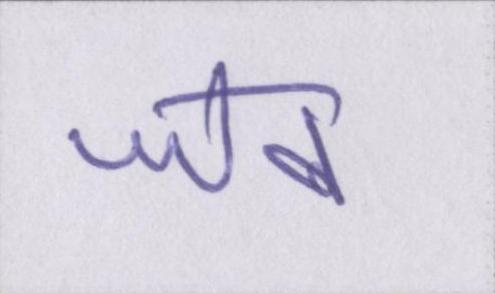
जेब